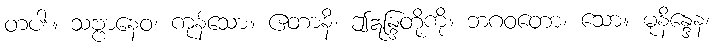
တပါး။ သဗ္ဗာနေဝ၊ ကုန်သော။ ဧတာနိ၊ ဤဣန္ဒြတို့ကို။ ဘဂဝတော၊ သော။ မုနိန္ဒေန၊